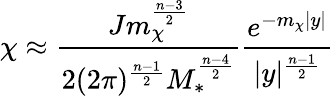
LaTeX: \chi\approx{\frac{Jm_{\chi}^{\frac{n-3}{2}}}{2(2\pi)^{\frac{n-1}{2}}M_{*}^{\frac{n-4}{2}}}}{\frac{e^{-m_{\chi}|y|}}{|y|^{\frac{n-1}{2}}}}